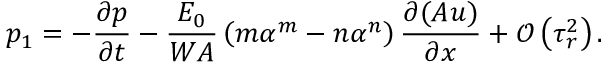
p _ { 1 } = - \frac { \partial p } { \partial t } - \frac { E _ { 0 } } { W A } \left( m \alpha ^ { m } - n \alpha ^ { n } \right) \frac { \partial ( A u ) } { \partial x } + \mathcal { O } \left( \tau _ { r } ^ { 2 } \right) .